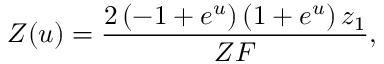
Z ( u ) = { \frac { 2 \left( - 1 + { e ^ { u } } \right) \left( 1 + { e ^ { u } } \right) { z _ { 1 } } } { Z F } } ,